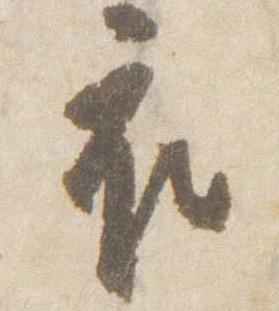
衣